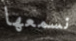
نسمعها